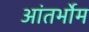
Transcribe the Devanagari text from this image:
आंतर्भोम